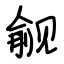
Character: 觎